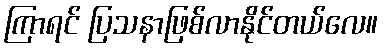
ကြာရင် ပြသနာဖြစ်လာနိုင်တယ်လေ။